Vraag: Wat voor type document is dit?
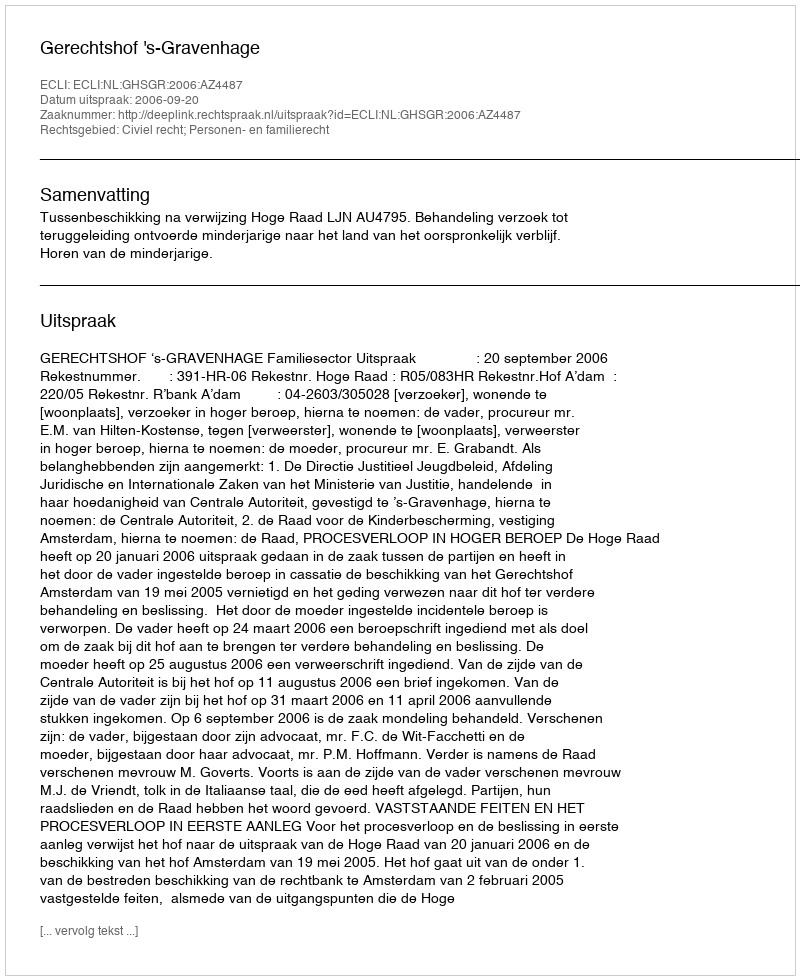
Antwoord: Uitspraak